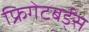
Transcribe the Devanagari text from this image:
फ्रिगेटबर्ड्स